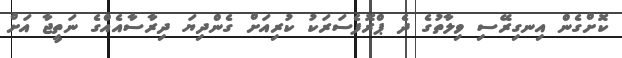
ކޮށްގެން އިނގިރޭސި ވިލާތުގެ ދެ ޕްރޮފެސަރަކު ކުރިއަށް ގެންދިޔަ ދިރާސާއެއްގެ ނަތީޖާ އަށް